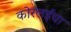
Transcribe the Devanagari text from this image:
कोरलईचा